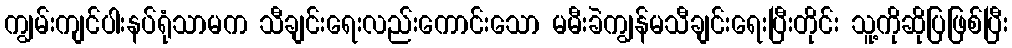
ကျွမ်းကျင်ပါးနပ်ရုံသာမက သီချင်းရေးလည်းကောင်းသော မမီးခဲကျွန်မသီချင်းရေးပြီးတိုင်း သူ့ကိုဆိုပြဖြစ်ပြီး